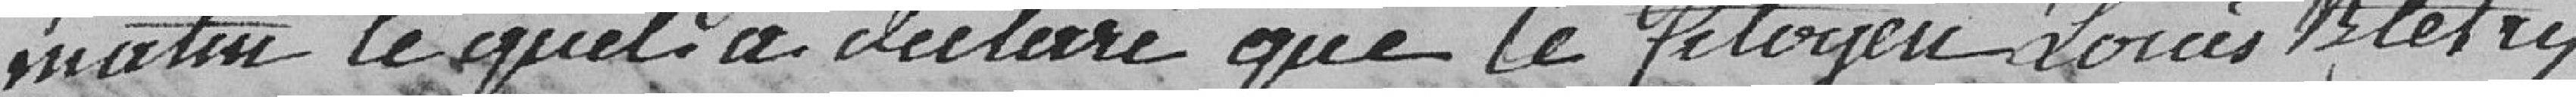
matin lequel a déclaré que le citoyen Louis Bletry